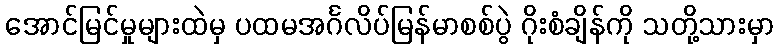
အောင်မြင်မှုများထဲမှ ပထမအင်္ဂလိပ်မြန်မာစစ်ပွဲ ဂိုးစံချိန်ကို သတို့သားမှာ